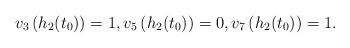
LaTeX: \begin{align*}v_3\left( h_2(t_0) \right) = 1, v_5\left( h_2(t_0) \right) = 0, v_7\left( h_2(t_0) \right) = 1.\end{align*}